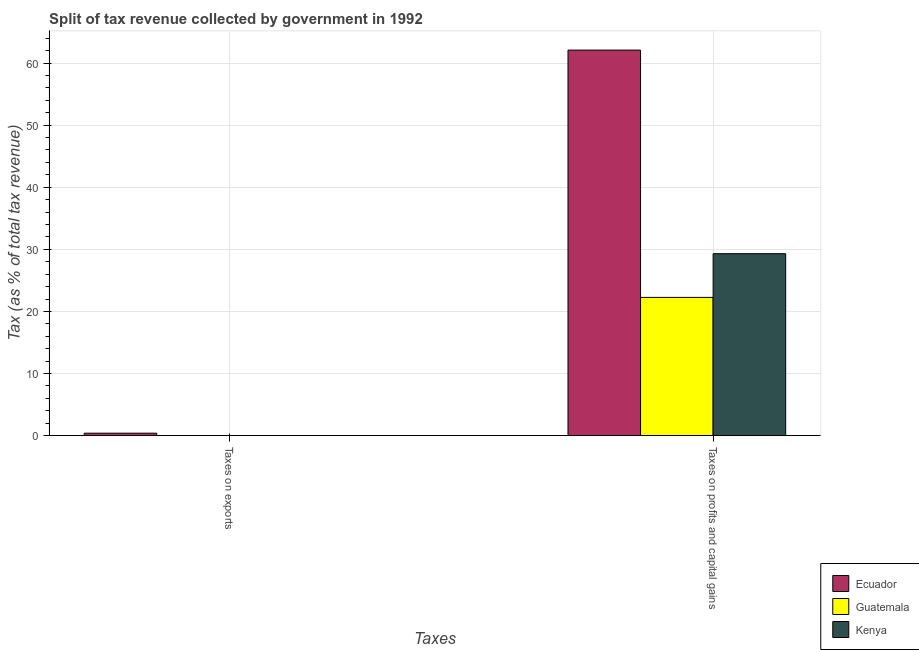
| Taxes | Ecuador | Guatemala | Kenya |
 | --- | --- | --- | --- |
 | Taxes on exports | 0.397 | 0.0196 | 0.00411 |
 | Taxes on profits and capital gains | 62.1 | 22.3 | 29.3 |